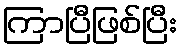
ကြာပြီဖြစ်ပြီး